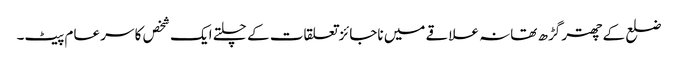
ضلع کے چھتر گڑھ تھانہ علاقے میں ناجائز تعلقات کے چلتے ایک شخص کا سر عام پیٹ۔